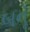
બનૂઁ